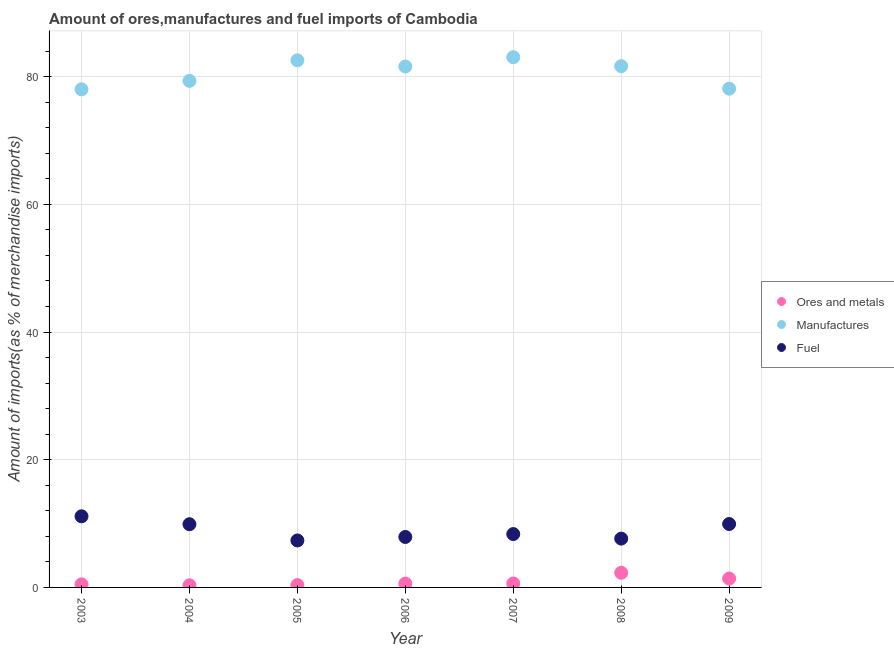
| Year | Ores and metals | Manufactures | Fuel |
 | --- | --- | --- | --- |
 | 2003 | 0.485 | 78 | 11.1 |
 | 2004 | 0.336 | 79.3 | 9.9 |
 | 2005 | 0.366 | 82.6 | 7.36 |
 | 2006 | 0.601 | 81.6 | 7.9 |
 | 2007 | 0.62 | 83.1 | 8.36 |
 | 2008 | 2.29 | 81.6 | 7.65 |
 | 2009 | 1.4 | 78.1 | 9.93 |